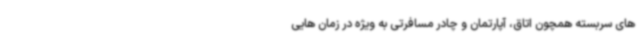
های سربسته همچون اتاق، آپارتمان و چادر مسافرتی به ویژه در زمان هایی